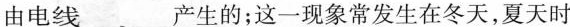
由电线___产生的；这一现象常发生在冬天，夏天时